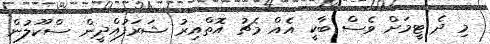
މި ދެ ޓީމަށް ވެސް ބާކީ އެއް މެޗު އޮތްއިރު ޝަރަފުއްދީން ސްކޫލުން